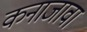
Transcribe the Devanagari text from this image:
कनाजावा